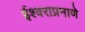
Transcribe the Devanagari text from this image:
ईश्वराप्रमाणे